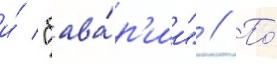
и́ "бава́р'ии" // По́